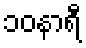
၁၀နာရီ